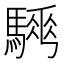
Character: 𩥨